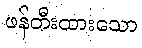
ဖန်တီးထားသော